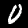
Digit: 0